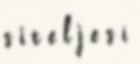
s i t e l j e s í